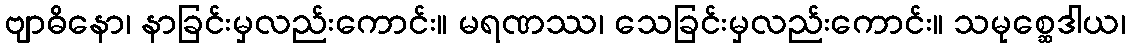
ဗျာဓိနော၊ နာခြင်းမှလည်းကောင်း။ မရဏဿ၊ သေခြင်းမှလည်းကောင်း။ သမုစ္ဆေဒါယ၊